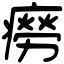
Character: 癆